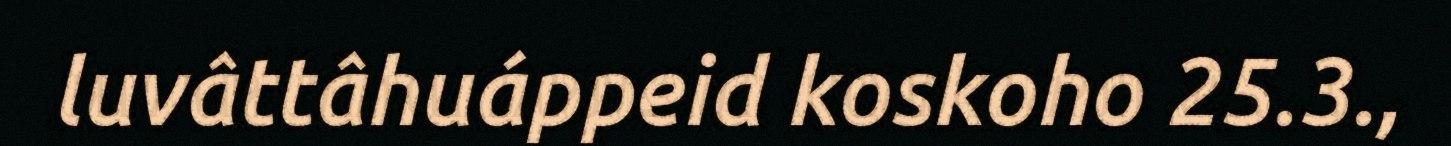
luvâttâhuáppeid koskoho 25.3.,